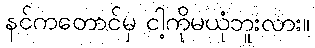
နင်ကတောင်မှ ငါ့ကိုမယုံဘူးလား။